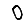
Digit: 0